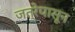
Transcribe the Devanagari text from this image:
जत्रेपासून